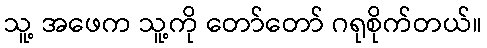
သူ့ အဖေက သူ့ကို တော်တော် ဂရုစိုက်တယ်။